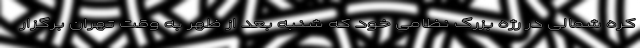
کره شمالی در رژه بزرگ نظامی خود که شنبه بعد از ظهر به وقت تهران برگزار